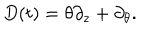
LaTeX: D ( t ) = \theta \partial _ { z } + \partial _ { \theta } .